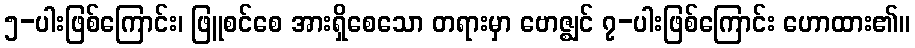
၅-ပါးဖြစ်ကြောင်း၊ ဖြူစင်စေ အားရှိစေသော တရားမှာ ဗောဇ္ဈင် ၇-ပါးဖြစ်ကြောင်း ဟောထား၏။